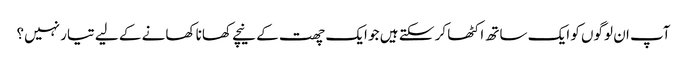
آپ ان لوگوں کو ایک ساتھ اکٹھا کر سکتے ہیں جو ایک چھت کے نیچے کھانا کھانے کے لیے تیار نہیں؟